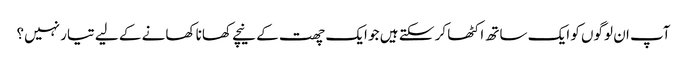
آپ ان لوگوں کو ایک ساتھ اکٹھا کر سکتے ہیں جو ایک چھت کے نیچے کھانا کھانے کے لیے تیار نہیں؟